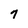
Character: 7